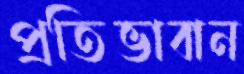
প্রতিভাবান